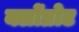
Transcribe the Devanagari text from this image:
क्लोंप्रोट